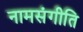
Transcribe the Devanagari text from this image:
नामसंगीति